Language: tamil
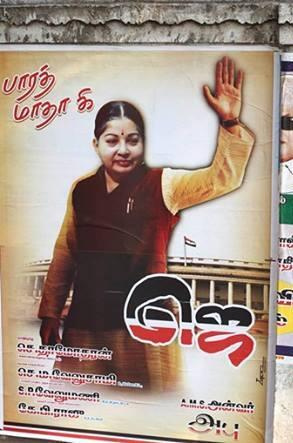
Transcription: பாரத் அப அன்வா் மாதாகி